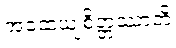
အထေယျစိတ္တဿာတိ